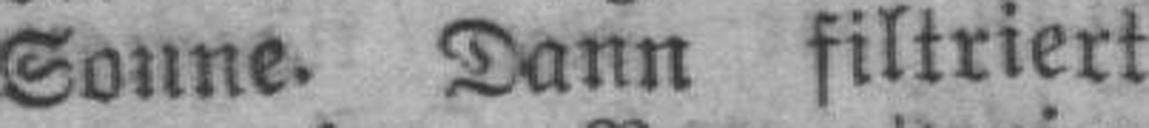
Sonne. Dann filtriert